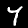
Digit: 7